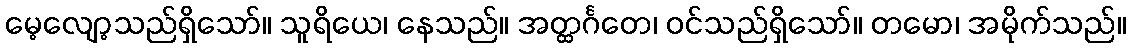
မေ့လျော့သည်ရှိသော်။ သူရိယေ၊ နေသည်။ အတ္ထင်္ဂတေ၊ ဝင်သည်ရှိသော်။ တမော၊ အမိုက်သည်။